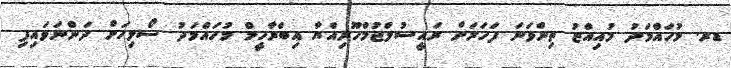
ޑރ. މުހައްމަދު މުއިއްޒު ތިންވަނަ ފަހަރަށް ރައީސުލްޖުމްހޫރިއްޔާ އިބްރާހީމް މުހައްމަދު ސޯލިހަށް ދަންނަވައިފި